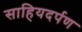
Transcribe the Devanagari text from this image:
साहियदर्पण